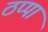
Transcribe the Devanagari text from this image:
ठप्‍पा